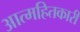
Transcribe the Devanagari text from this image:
आत्महितकारी